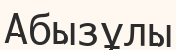
Абызұлы